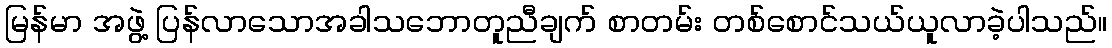
မြန်မာ အဖွဲ့ ပြန်လာသောအခါသဘောတူညီချက် စာတမ်း တစ်စောင်သယ်ယူလာခဲ့ပါသည်။